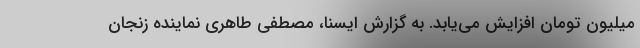
میلیون تومان افزایش می‌یابد. به گزارش ایسنا، مصطفی طاهری نماینده زنجان